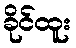
ခိုင်ထူး